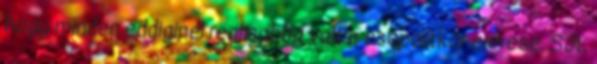
hogy minden eddiginél reálisabbá vált a csoportkör elérése. Sőt,